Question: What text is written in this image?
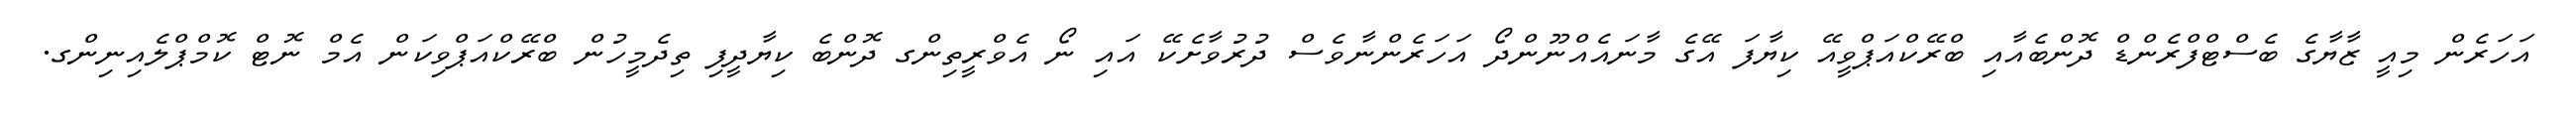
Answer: އަހަރެން މިއީ ޒާޔާގެ ބެސްޓްފްރެންޑް ދޮންބެއާއި ބްރޭކްއަޕްވީއޭ ކިޔާފަ އޭގެ މާނައެއްނޫންދޯ އަހަރެންނާވެސް ދުރުވާށެކޭ އައި ނޯ އެވްރީތިންގ ދޮންބެ ކިޔާދީފި ތިދެމީހުން ބްރޭކްއަޕްވިކަން އެމް ނޮޓް ކޮމްޕްލެއިނިންގ.